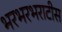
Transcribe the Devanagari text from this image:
भरभरभराटीस